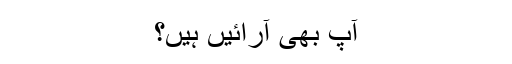
آپ بھی آرائیں ہیں؟